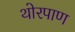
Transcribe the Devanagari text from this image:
थोरपाण